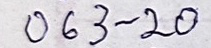
063 - 20